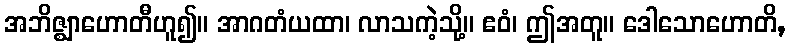
အဘိဇ္ဈာဟောတီဟူ၍။ အာဂတံယထာ၊ လာသကဲ့သို့။ ဧဝံ၊ ဤအတူ။ ဒေါသောဟောတိ,